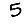
Digit: 5